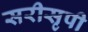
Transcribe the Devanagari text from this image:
सरीसृपी